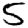
Digit: 5